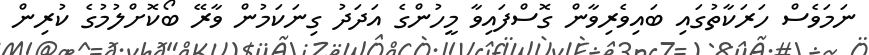
ނަމަވެސް ހަރަކާތުގައި ބައިވެރިވާން ގޮސްފައިވާ މީހުންގެ އަދަދު ގިނަކަމުން ވާރޭ ބޯކޮށްލުމުގެ ކުރިން